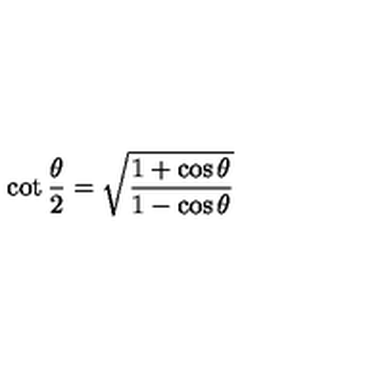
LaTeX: \cot \frac { \theta } { 2 } = \sqrt { \frac { 1 + \cos \theta } { 1 - \cos \theta } }